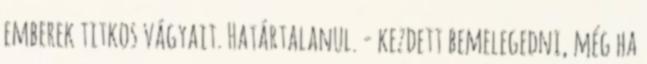
emberek titkos vágyait. Határtalanul. - kezdett bemelegedni, még ha